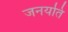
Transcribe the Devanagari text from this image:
जनयति